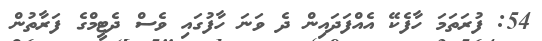
54: ފުރަތަމަ ހާފެކޭ އެއްފަދައިން ދެ ވަނަ ހާފުގައި ވެސް ދެޓީމްގެ ފަރާތުން